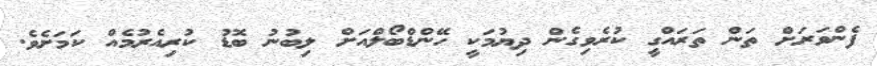
ފެންވަރަށް ތަން ތަރައްގީ ކުރެވިގެން ދިޔުމަކީ ހޭންޑްބޯލްއަށް ލިބުނު ބޮޑު ކުރިއެރުމެއް ކަމަށެވެ.